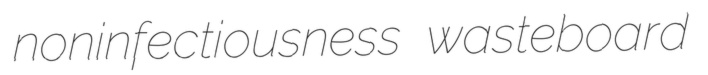
noninfectiousness wasteboard